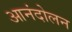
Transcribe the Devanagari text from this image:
आनंदोलन